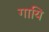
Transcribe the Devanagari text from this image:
गायि